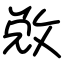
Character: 敚